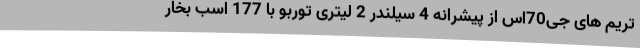
تریم های جی70اس از پیشرانه 4 سیلندر 2 لیتری توربو با 177 اسب بخار